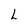
Character: L